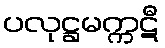
ပလုဋ္ဌမက္ကဋီ